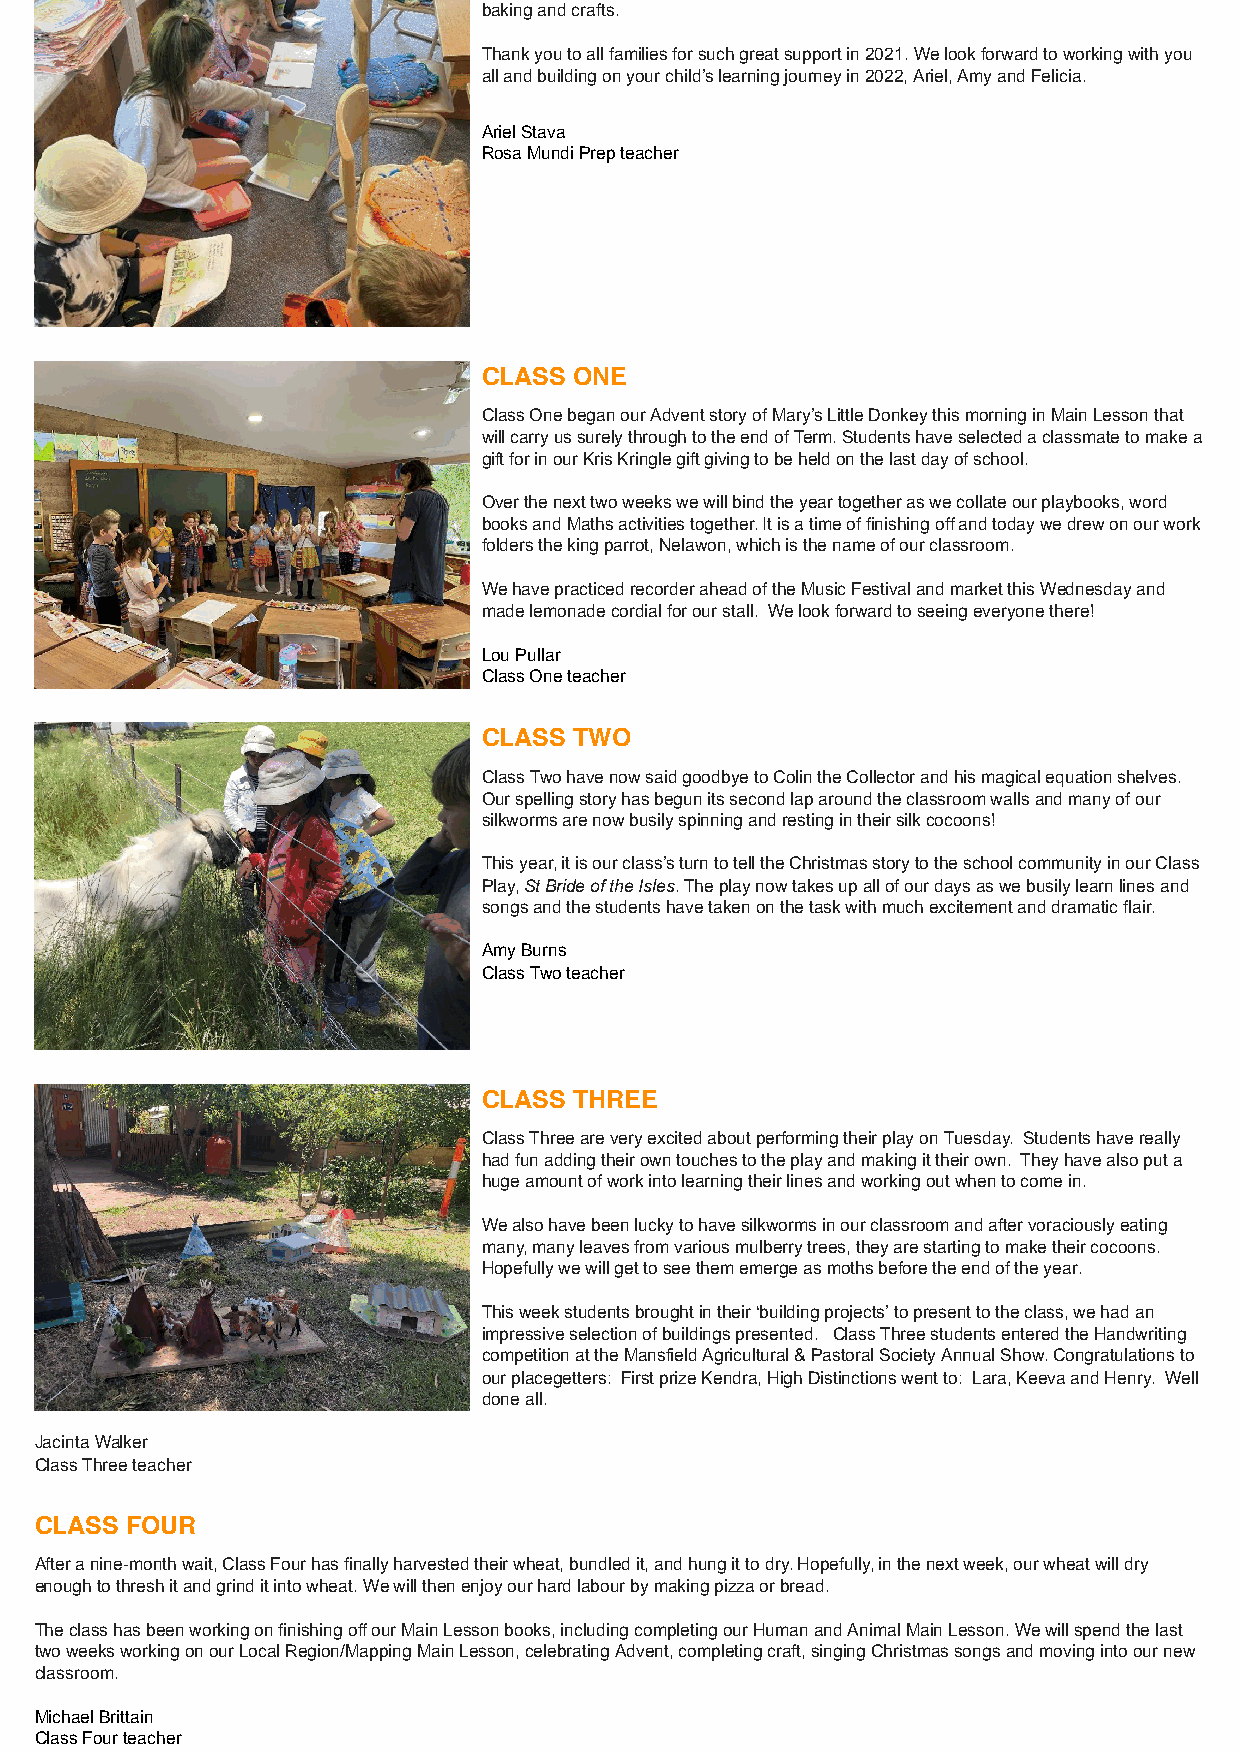
baking and crafts.
 Thank you to all families for such great support in 2021. We look forward to working with you
 all and building on your child’s learning journey in 2022, Ariel, Amy and Felicia.
 Ariel Stava
 Rosa Mundi Prep teacher
 CLASS ONE
 Class One began our Advent story of Mary’s Little Donkey this morning in Main Lesson that
 will carry us surely through to the end of Term. Students have selected a classmate to make a
 gift for in our Kris Kringle gift giving to be held on the last day of school.
 Over the next two weeks we will bind the year together as we collate our playbooks, word
 books and Maths activities together. It is a time of finishing off and today we drew on our work
 folders the king parrot, Nelawon, which is the name of our classroom.
 We have practiced recorder ahead of the Music Festival and market this Wednesday and
 made lemonade cordial for our stall. We look forward to seeing everyone there!
 Lou Pullar
 Class One teacher
 CLASS TWO
 Class Two have now said goodbye to Colin the Collector and his magical equation shelves.
 Our spelling story has begun its second lap around the classroom walls and many of our
 silkworms are now busily spinning and resting in their silk cocoons!
 This year, it is our class’s turn to tell the Christmas story to the school community in our Class
 Play, St Bride of the Isles. The play now takes up all of our days as we busily learn lines and
 songs and the students have taken on the task with much excitement and dramatic flair.
 Amy Burns
 Class Two teacher
 CLASS THREE
 Class Three are very excited about performing their play on Tuesday. Students have really
 had fun adding their own touches to the play and making it their own. They have also put a
 huge amount of work into learning their lines and working out when to come in.
 We also have been lucky to have silkworms in our classroom and after voraciously eating
 many, many leaves from various mulberry trees, they are starting to make their cocoons.
 Hopefully we will get to see them emerge as moths before the end of the year.
 This week students brought in their ‘building projects’ to present to the class, we had an
 impressive selection of buildings presented. Class Three students entered the Handwriting
 competition at the Mansfield Agricultural & Pastoral Society Annual Show. Congratulations to
 our placegetters: First prize Kendra, High Distinctions went to: Lara, Keeva and Henry. Well
 done all.
 Jacinta Walker
 Class Three teacher
 CLASS FOUR
 After a nine-month wait, Class Four has finally harvested their wheat, bundled it, and hung it to dry. Hopefully, in the next week, our wheat will dry
 enough to thresh it and grind it into wheat. We will then enjoy our hard labour by making pizza or bread.
 The class has been working on finishing off our Main Lesson books, including completing our Human and Animal Main Lesson. We will spend the last
 two weeks working on our Local Region/Mapping Main Lesson, celebrating Advent, completing craft, singing Christmas songs and moving into our new
 classroom.
 Michael Brittain
 Class Four teacher